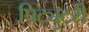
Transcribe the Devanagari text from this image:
पिट्युटरी